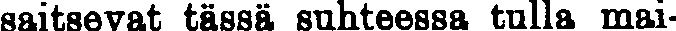
saitsevat tässä suhteessa tulla mai-